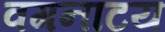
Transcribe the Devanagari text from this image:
वगनाटय